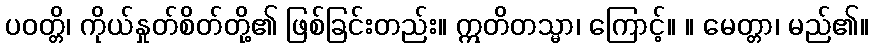
ပဝတ္တိ၊ ကိုယ်နှုတ်စိတ်တို့၏ ဖြစ်ခြင်းတည်း။ ဣတိတသ္မာ၊ ကြောင့်။ ။ မေတ္တာ၊ မည်၏။